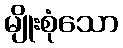
မျိုးစုံသော